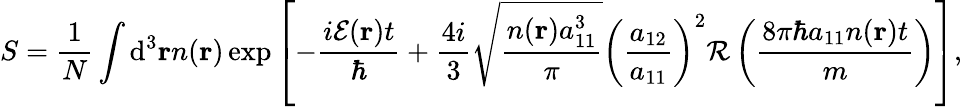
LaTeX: S=\frac{1}{N}\int\mathrm{d}^{3}\mathbf{r}n(\mathbf{r})\exp\left[-\frac{i\mathcal{E}(\mathbf{r})t}{\hbar}+\frac{4i}{3}\sqrt{\frac{n(\mathbf{r})a_{11}^{3}}{\pi}}\left(\frac{a_{12}}{a_{11}}\right)^{2}\mathcal{R}\left(\frac{8\pi\hbar a_{11}n(\mathbf{r})t}{m}\right)\right],